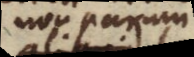
non parum